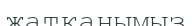
жатқанымыз